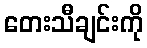
တေးသီချင်းကို